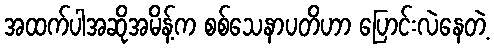
အထက်ပါအဆိုအမိန့်က စစ်သေနာပတိဟာ ပြောင်းလဲနေတဲ့